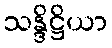
သန္ဒိဋ္ဌိယာ